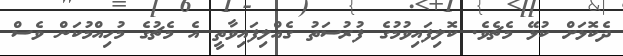
ދެކޮޅަށް ކުޅޭ މެޗެވެ. ކޮލިފައިވުމުގެ ފުރުސަތު ގެއްލިފައިވާތީ އެ މެޗުގެ މުހިއްމުކަން ވެސް